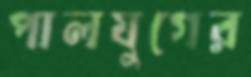
পালযুগের